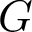
G